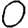
Digit: 0